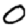
Digit: 0